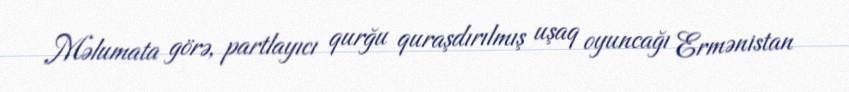
Məlumata görə, partlayıcı qurğu quraşdırılmış uşaq oyuncağı Ermənistan